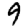
Digit: 9